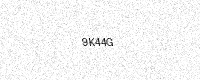
Text: 9K44G